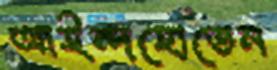
আইন্দহোভেন